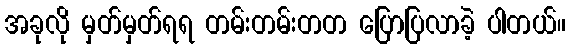
အခုလို မှတ်မှတ်ရရ တမ်းတမ်းတတ ပြောပြလာခဲ့ ပါတယ်။